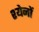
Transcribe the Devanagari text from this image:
श्येनों